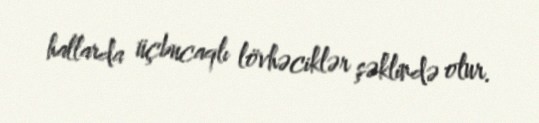
hallarda üçbucaqlı lövhəciklər şəklində olur.